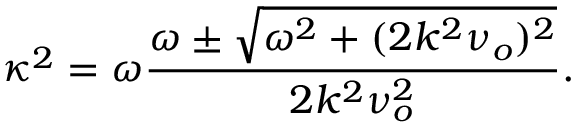
\kappa ^ { 2 } = \omega \frac { \omega \pm \sqrt { \omega ^ { 2 } + ( 2 k ^ { 2 } \nu _ { o } ) ^ { 2 } } } { 2 k ^ { 2 } \nu _ { o } ^ { 2 } } .